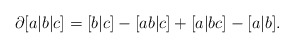
\begin{align*}\partial[a|b|c] = [b|c]-[ab|c]+[a|bc]-[a|b]. \end{align*}